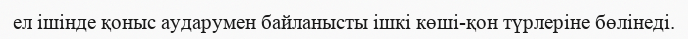
ел ішінде қоныс аударумен байланысты ішкі көші-қон түрлеріне бөлінеді.